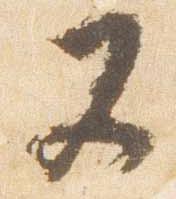
又